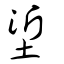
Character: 垽